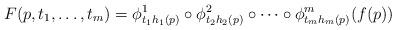
LaTeX: \begin{align*}F(p,t_1,\ldots,t_m) =\phi^1_{t_1h_1(p)}\circ \phi^2_{t_2 h_2(p)}\circ\cdots\circ \phi^m_{t_m h_m(p)} (f(p))\end{align*}